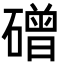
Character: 磳